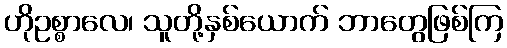
ဟိုဥစ္စာလေ၊ သူတို့နှစ်ယောက် ဘာတွေဖြစ်ကြ